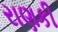
રાણકી